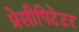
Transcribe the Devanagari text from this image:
प्रेसीपिटेटर